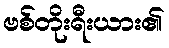
ဗစ်တိုးရီးယား၏